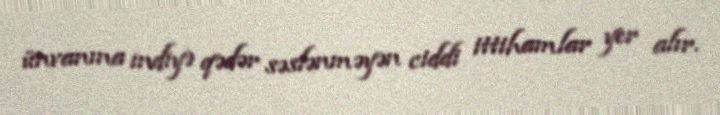
ünvanına indiyə qədər səslənməyən ciddi ittihamlar yer alır.